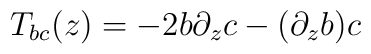
T_{bc}(z) = -2b\partial_z c -(\partial_z b) c